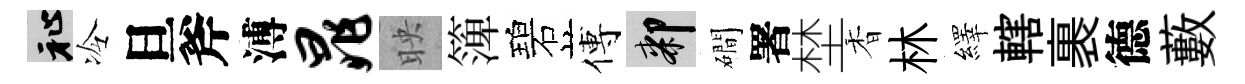
祉冷旦斧溥晁映𥱼碧傅膝磵署埜香林繹轄裹德藪